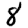
Digit: 8